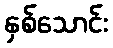
နှစ်သောင်း